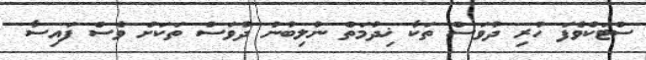
ސްޓަކްވެފަ ހުރި ދުވަސް ތަކާ ޚިދުމަތް ނުލިބުނު ދުވަސް ތަކަށް ވެސް ފައިސާ